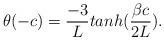
LaTeX: \begin{align*}\theta(-c) = {{-3}\over{L}}tanh({{\beta c} \over {2L}}).\end{align*}